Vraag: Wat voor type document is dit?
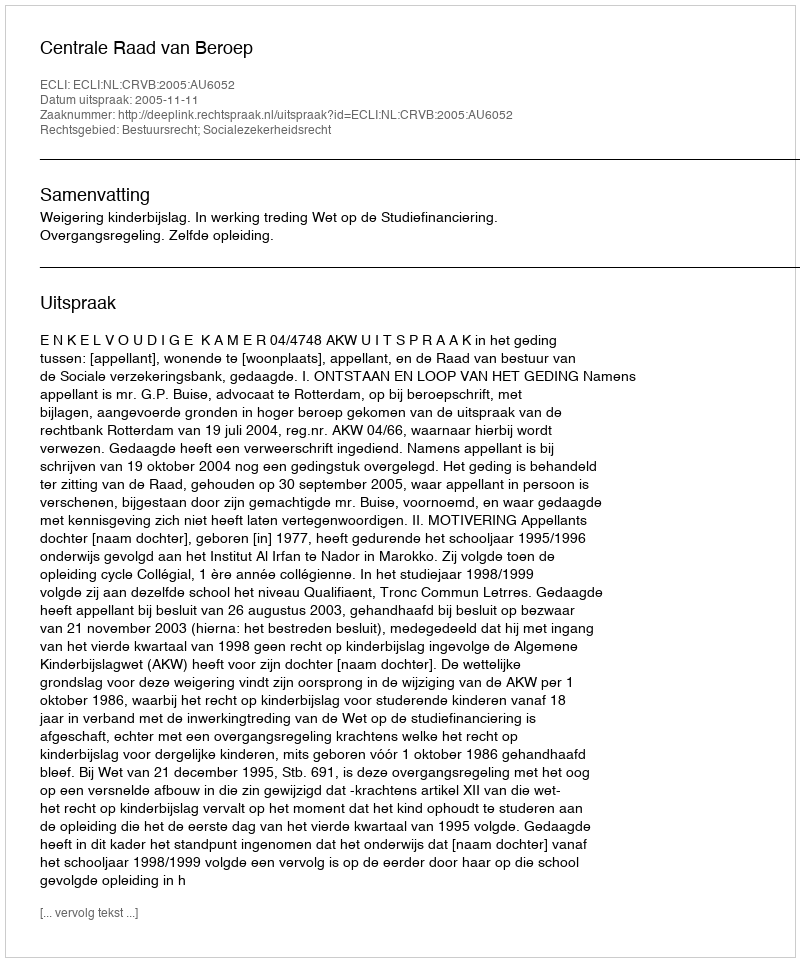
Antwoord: Uitspraak